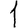
Digit: 1